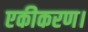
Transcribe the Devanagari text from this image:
एकीकरण।